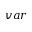
v a r